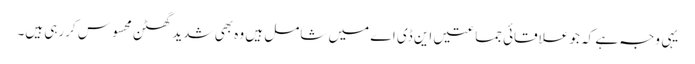
یہی وجہ ہے کہ جو علاقائی جماعتیں این ڈی اے میں شامل ہیں وہ بھی شدید گھٹن محسوس کررہی ہیں۔